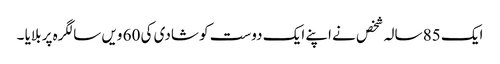
ایک 85 سالہ شخص نے اپنے ایک دوست کو شادی کی 60 ویں سالگرہ پر بلایا ۔